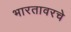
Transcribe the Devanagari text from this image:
भारतावरचे